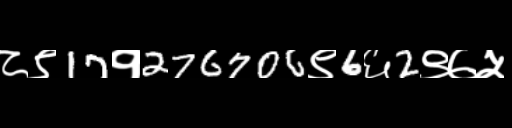
Text: ८९17१276706९6६2९७५